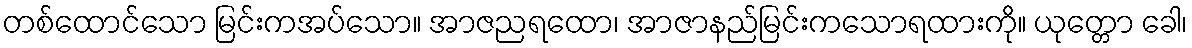
တစ်ထောင်သော မြင်းကအပ်သော။ အာဇညရထော၊ အာဇာနည်မြင်းကသောရထားကို။ ယုတ္တော ခေါ၊